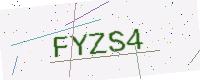
Text: FYZS4